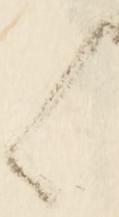
く